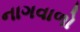
નાગવાળો